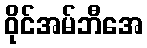
ဝိုင်အမ်ဘီအေ